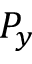
P _ { y }